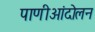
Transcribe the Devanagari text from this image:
पाणीआंदोलन